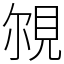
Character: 覙